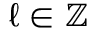
\ell \in \mathbb { Z }